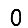
Digit: 0